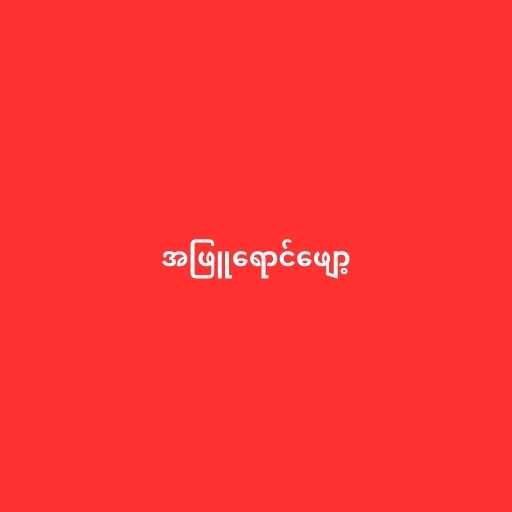
အဖြူရောင်ဖျော့